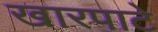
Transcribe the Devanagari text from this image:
खारपाटे